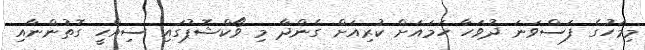
މިމަހުގެ ފަސްވަނަ ދުވަހާ ހަމައަށް ކުރިއަށް ގެންދާ މި ވޯކްޝޮޕުގައި ސިއްހީ ގޮތުންނާއި